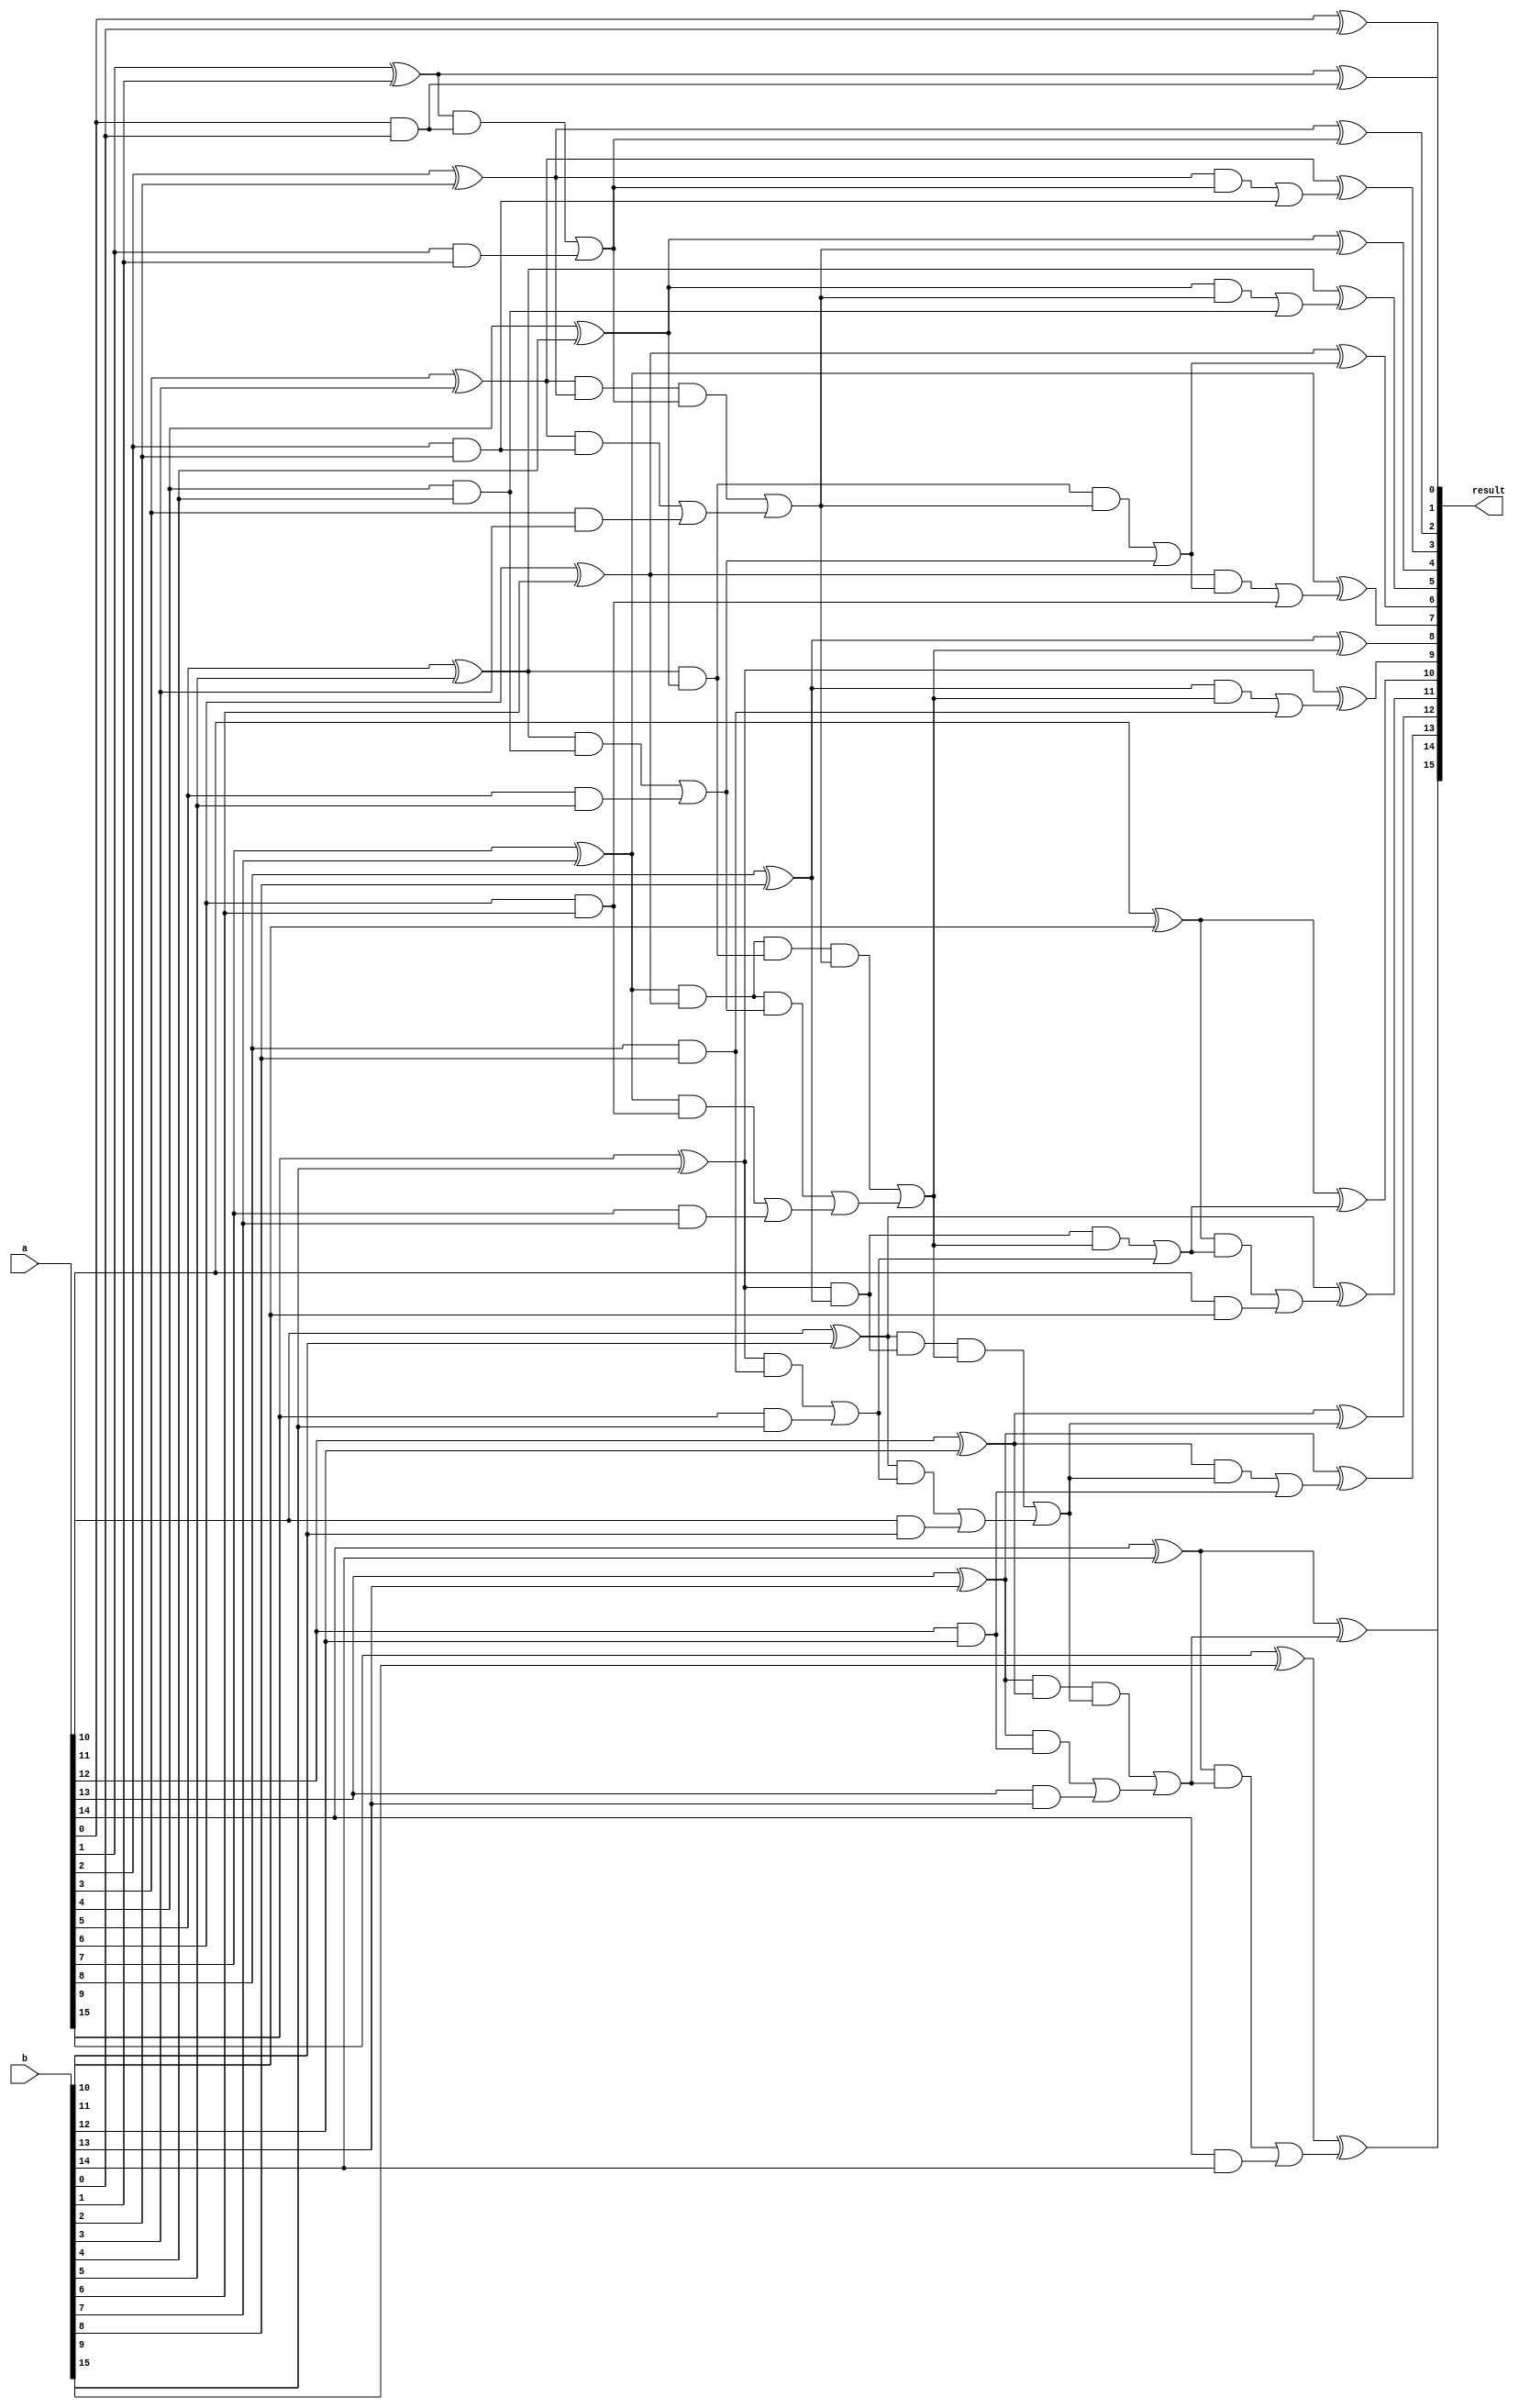
module add(
    input [15:0] a,
    input [15:0] b,
    output [15:0] result
);
    wire [15:0] p;
    wire [15:0] g;
    wire [15:0] cp1;
    wire [15:0] cg1;
    wire cp22;
    wire cg22;
    wire cp23;
    wire cg23;
    wire cp27;
    wire cg27;
    wire cp34;
    wire cg34;
    wire cp35;
    wire cg35;
    wire cp36;
    wire cg36;
    wire cp37;
    wire cg37;
    wire cp211;
    wire cg211;
    wire cp215;
    wire cg215;
    wire cp315;
    wire cg315;
    wire cp411;
    wire cg411;
    wire cp415;
    wire cg415;
    wire cp59;
    wire cg59;
    wire cp513;
    wire cg513;
    wire cp68;
    wire cg68;
    wire cp610;
    wire cg610;
    wire cp612;
    wire cg612;
    wire cp614;
    wire cg614;

    wire [16:0] s;

    assign p[0] = a[0] ^ b[0];
    assign g[0] = a[0] & b[0];
    assign cp1[0] = p[0];
    assign cg1[0] = g[0]; 

    assign p[1] = a[1] ^ b[1]; 
    assign g[1] = a[1] & b[1];
    assign cg1[1] = (p[1] & g[0])| g[1];
    assign cp1[1] = p[1] & p[0]; 

    assign p[2] = a[2] ^ b[2]; 
    assign g[2] = a[2] & b[2];
    assign cp1[2] = p[2];
    assign cg1[2] = g[2]; 

    assign p[3] = a[3] ^ b[3]; 
    assign g[3] = a[3] & b[3];
    assign cg1[3] = (p[3] & g[2]) | g[3];
    assign cp1[3] = p[3] & p[2]; 

    assign p[4] = a[4] ^ b[4]; 
    assign g[4] = a[4] & b[4];
    assign cg1[4] = g[4];
    assign cp1[4] = p[4]; 

    assign p[5] = a[5] ^ b[5]; 
    assign g[5] = a[5] & b[5];
    assign cg1[5] = (p[5] & g[4]) | g[5];
    assign cp1[5] = p[5] & p[4]; 

    assign p[6] = a[6] ^ b[6]; 
    assign g[6] = a[6] & b[6];
    assign cg1[6] = g[6];
    assign cp1[6] = p[6]; 

    assign p[7] = a[7] ^ b[7];
    assign g[7] = a[7] & b[7];
    assign cg1[7] = (p[7] & g[6]) | g[7];
    assign cp1[7] = p[7] & p[6];

    assign p[8] = a[8] ^ b[8];
    assign g[8] = a[8] & b[8];
    assign cg1[8] = g[8];
    assign cp1[8] = p[8];

    assign p[9] = a[9] ^ b[9];
    assign g[9] = a[9] & b[9];
    assign cg1[9] = (p[9] & g[8]) | g[9];
    assign cp1[9] = p[9] & p[8];

    assign p[10] = a[10] ^ b[10];
    assign g[10] = a[10] & b[10];
    assign cg1[10] = g[10];
    assign cp1[10] = p[10];

    assign p[11] = a[11] ^ b[11];
    assign g[11] = a[11] & b[11];
    assign cg1[11] = g[11];
    assign cp1[11] = p[11];

    assign p[12] = a[12] ^ b[12];
    assign g[12] = a[12] & b[12];
    assign cg1[12] = g[12];
    assign cp1[12] = p[12];

    assign p[13] = a[13] ^ b[13];
    assign g[13] = a[13] & b[13];
    assign cg1[13] = (p[13] & g[12]) | g[13];
    assign cp1[13] = p[13] & p[12];

    assign p[14] = a[14] ^ b[14];
    assign g[14] = a[14] & b[14];
    assign cg1[14] = g[14];
    assign cp1[14] = p[14];

    assign p[15] = a[15] ^ b[15];
    assign g[15] = a[15] & b[15];
    assign cg1[15] = (p[15] & g[14]) | g[15];
    assign cp1[15] = p[15] & p[14];

    assign cp22 = cp1[2] & cp1[1];
    assign cg22 = (cp1[2] & cg1[1]) | cg1[2];
    assign cg23 = (cp1[3] & cg1[1]) | cg1[3];
    assign cp23 = cp1[3] & cp1[1];

    assign cg27 = (cp1[7] & cg1[5]) | cg1[7];
    assign cp27 = cp1[7] & cp1[5];

    assign cg34 = (cp1[4] & cg23) | cg1[4];
    assign cp34 = cp1[4] & cp23;

    assign cg35 = (cp1[5] & cg23) | cg1[5];
    assign cp35 = cp1[5] & cp23;

    assign cg36 = (cp1[6] & cg35) | cg1[6];
    assign cp36 = cp1[6] & cp35;
    assign cg37 = (cp27 & cg23) | cg27;
    assign cp37 = cp27 & cp23;

    assign cg211 = (cp1[11] & cg1[9]) | cg1[11];
    assign cp211 = cp1[11] & cp1[9];

    assign cg215 = (cp1[15] & cg1[11]) | cg1[15];
    assign cp215 = cp1[15] & cp1[11];

    assign cg315 = (cp215 & cg211) | cg215;
    assign cp315 = cp215 & cp211;

    assign cg411 = (cp211 & cg37) | cg211;
    assign cp411 = cp211 & cp37;

    assign cg415 = (cp315 & cg37) | cg315;
    assign cp415 = cp315 & cp37;

    assign cg59 = (cp1[9] & cg37) | cg1[9];
    assign cp59 = cp1[9] & cp37;

    assign cg513 = (cp1[13] & cg411) | cg1[13];
    assign cp513 = cp1[13] & cp411;

    assign cg68 = (cp1[8] & cg37) | cg1[8];
    assign cp68 = cp1[8] & cp37;

    assign cg610 = (cp1[10] & cg59) | cg1[10];
    assign cp610 = cp1[10] & cp59;

    assign cg612 = (cp1[12] & cg411) | cg1[12];
    assign cp612 = cp1[12] & cp411;

    assign cg614 = (cp1[14] & cg513) | cg1[14];
    assign cp614 = cp1[14] & cp513;

    assign s[0] = p[0];
    assign s[1] = p[1] ^ cg1[0];
    assign s[2] = p[2] ^ cg1[1];
    assign s[3] = p[3] ^ cg22;
    assign s[4] = p[4] ^ cg23;
    assign s[5] = p[5] ^ cg34;
    assign s[6] = p[6] ^ cg35;
    assign s[7] = p[7] ^ cg36;
    assign s[8] = p[8] ^ cg37;
    assign s[9] = p[9] ^ cg68;
    assign s[10] = p[10] ^ cg59;
    assign s[11] = p[11] ^ cg610;
    assign s[12] = p[12] ^ cg411;
    assign s[13] = p[13] ^ cg612;
    assign s[14] = p[14] ^ cg513;
    assign s[15] = p[15] ^ cg614;
    assign s[16] = cg415;
    assign result = {s[16:0]};

endmodule